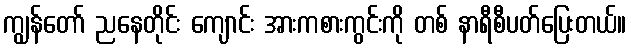
ကျွန်တော် ညနေတိုင်း ကျောင်း အားကစားကွင်းကို တစ် နာရီစီပတ်ပြေးတယ်။